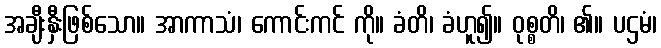
အချီးနှီးဖြစ်သော။ အာကာသံ၊ ကောင်းကင် ကို။ ခံတိ၊ ခံဟူ၍။ ဝုစ္စတိ၊ ၏။ ပဌမံ၊